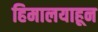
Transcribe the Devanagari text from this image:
हिमालयाहून